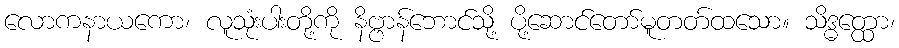
လောကနာယကော၊ လူသုံးပါးတို့ကို နိဗ္ဗာန်ဘောင်သို့ ပို့ဆောင်တော်မူတတ်ထသော။ သိဒ္ဓတ္ထော၊